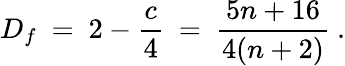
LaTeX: D_{f}~=~2-{\frac{c}{4}}~=~{\frac{5n+16}{4(n+2)}}\ .